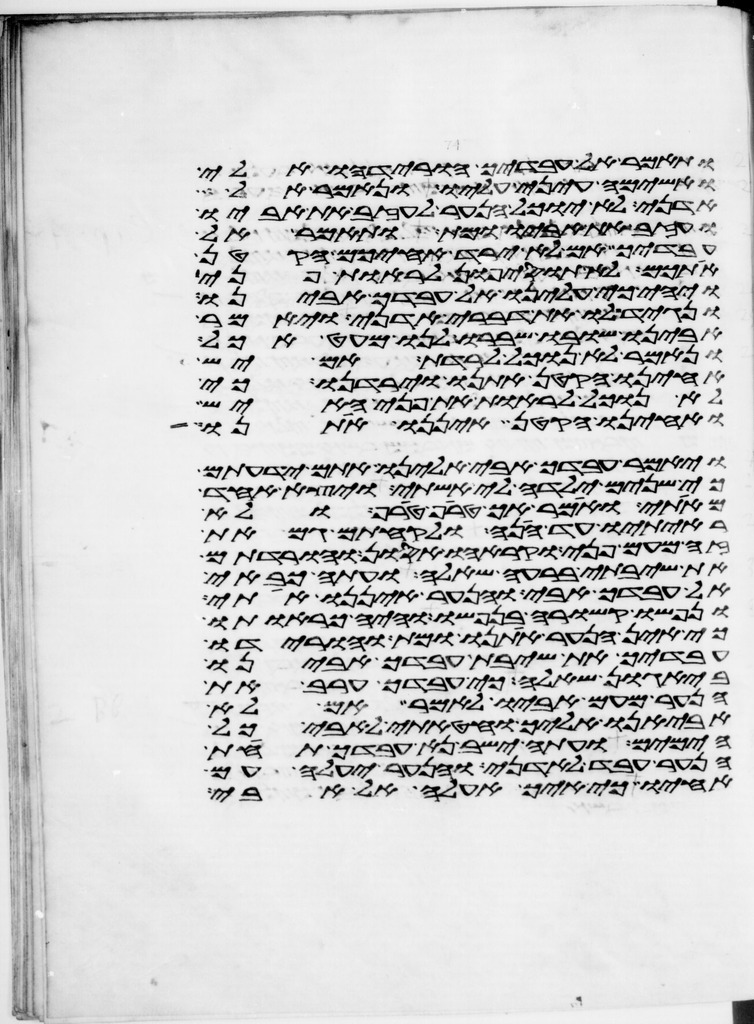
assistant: ותאמר אל עבדיך הורידהו אלי
ואשימה עיני עליו ונאמר אל
אדני לא יוכל הנער לעזב את אביו
ועזב את אביו ומת ותאמר אל
עבדיך אם לא ירד אחיכם הקטן
אתכם לא תוסיפון לראות פני
ויהי כי עלינו אל עבדך אבינו
ונגיד לו את דברי אדני ויאמר
אבינו שובו ושברו לנו מעט אכל
ונאמר לא נוכל לרדת אם יש
אחינו הקטן אתנו וירדנו כי
לא נוכל לראות את פני האיש
ואחינו הקטן איננו אתנו
ויאמר עבדך אבי אלינו אתם ידעתם
כי שנים ילדה לי אשתי ויצא האחד
מאתי ואמר הך טרף טרף ולא
ראיתיו עד הנה ולקחתם גם את
זה מעם פני וקראהו אסון והורדתם
את שיבתי ברעה שאלה ועתה כבאי
אל עבדך אבי והנער איננו אתי
ונפשו קשורה בנפשו והיה כראותו
כי אין הנער אתנו ומת והורידו
עבדיך את שיבת עבדך אבינו
ביגון שאלה כי עבדך ערב את
הנער מעם אביו לאמר אם לא
אביאנו אליך וחטאתי לאבי כל
הימים ועתה ישב נא עבדך תחת
הנער עבד לאדני והנער יעלה עם
אחיו כי איך אעלה אל אבי